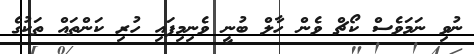
ނުވި ނަމަވެސް ކޯޗް ވެން ހާލް ބުނީ ވެނިމިފައި ހުރި ކަންތައް ތަކުގެ